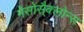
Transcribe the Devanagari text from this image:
मेसोसै्क्लोन्स